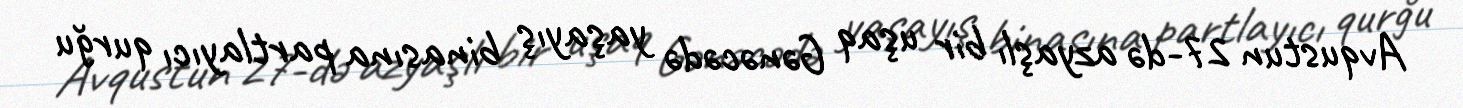
Avqustun 27-də azyaşlı bir uşaq Gənəcədə yaşayış binasına partlayıcı qurğu